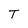
Character: T